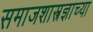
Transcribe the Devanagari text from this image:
समाजशास्त्रज्ञाच्या